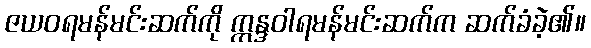
ဇယဝရမန်မင်းဆက်ကို ဣန္ဒဝါရမန်မင်းဆက်က ဆက်ခံခဲ့၏။